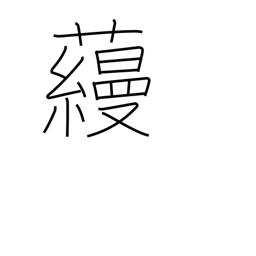
Meaning: surname